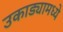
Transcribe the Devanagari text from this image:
उकाड्यामध्ये